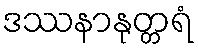
ဒဿနာနုတ္တရံ